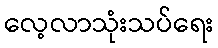
လေ့လာသုံးသပ်ရေး